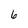
Character: 6